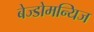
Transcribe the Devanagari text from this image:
बेज्डोमन्यिज